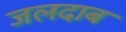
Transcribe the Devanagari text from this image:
जलदाब